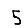
Digit: 5